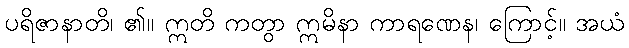
ပရိဇာနာတိ၊ ၏။ ဣတိ ကတွာ ဣမိနာ ကာရဏေန၊ ကြောင့်။ အယံ